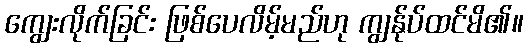
ကျွေးလိုက်ခြင်း ဖြစ်ပေလိမ့်မည်ဟု ကျွန်ုပ်ထင်မိ၏။